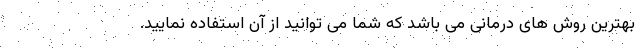
بهترین روش های درمانی می باشد که شما می توانید از آن استفاده نمایید.